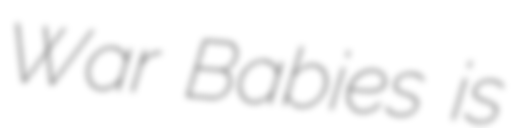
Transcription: War Babies is